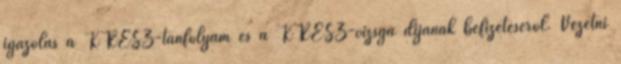
igazolás a KRESZ-tanfolyam és a KRESZ-vizsga díjának befizetéséről. Vezetni